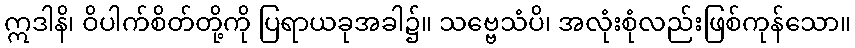
ဣဒါနိ၊ ဝိပါက်စိတ်တို့ကို ပြရာယခုအခါ၌။ သဗ္ဗေသံပိ၊ အလုံးစုံလည်းဖြစ်ကုန်သော။